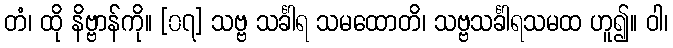
တံ၊ ထို နိဗ္ဗာန်ကို။ [၀၇] သဗ္ဗ သင်္ခါရ သမထောတိ၊ သဗ္ဗသင်္ခါရသမထ ဟူ၍။ ဝါ၊